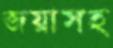
জয়াসহ